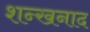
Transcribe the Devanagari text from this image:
शन्खनाद